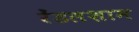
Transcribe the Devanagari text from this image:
रेंडलशाम